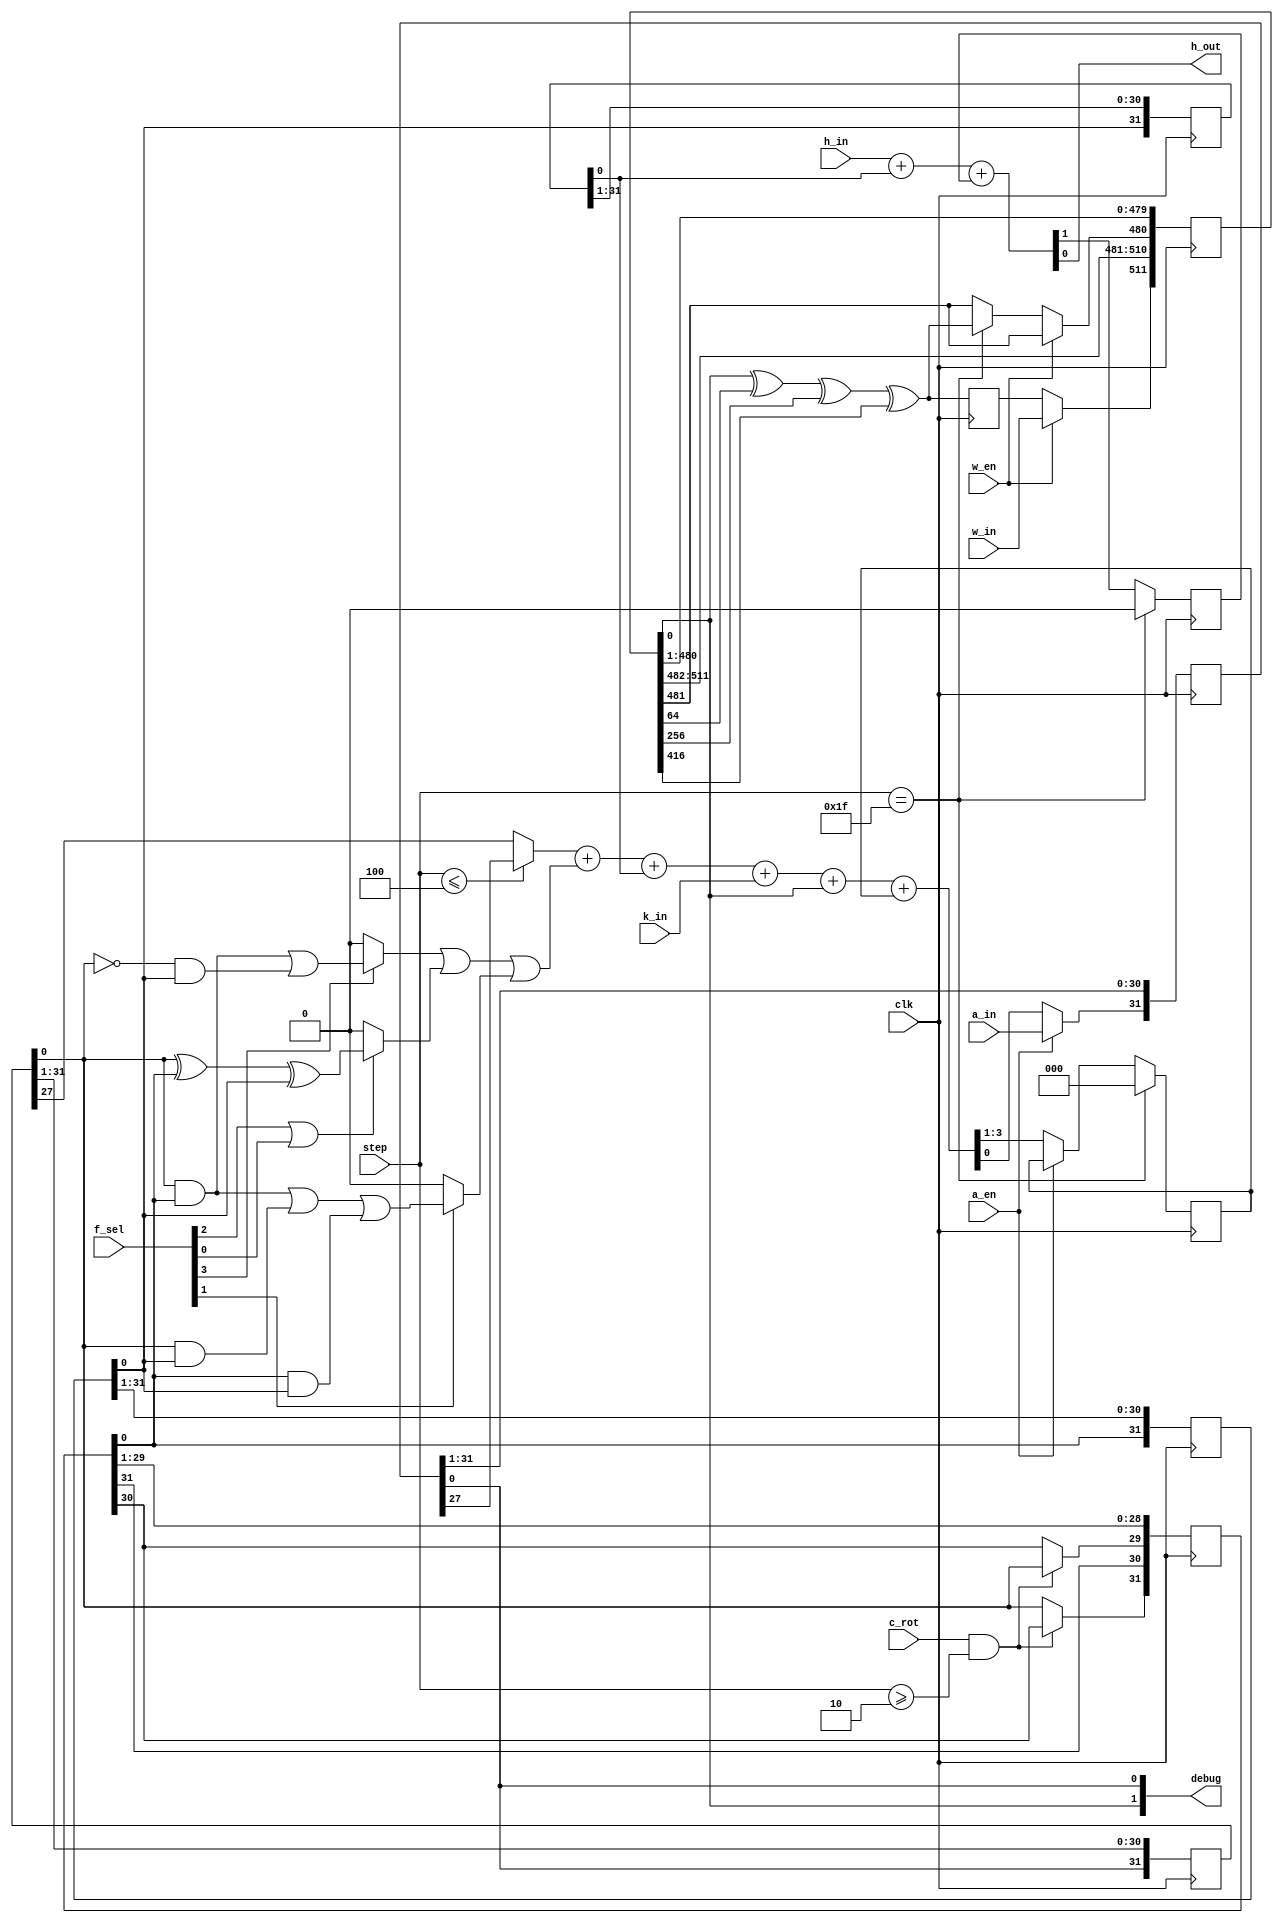
`default_nettype none

module sha1_mixer (
    input wire clk,
    input wire [4:0] step,
    input wire w_in,
    input wire w_en,
    input wire a_in,
    input wire a_en,
    input wire c_rot,
    input wire [3:0] f_sel,
    input wire k_in,
    input wire h_in,
    output wire h_out,
    output wire [1:0] debug
);

    reg [31:0] a, b, c, d, e;
    reg [511:0] w;
    reg [2:0] a_carry;
    reg h_carry;
    reg t;

    wire w_fb = w[0] ^ w[64] ^ w[256] ^ w[416];

    wire f =
        (f_sel[3] ? b[0] & c[0] | ~b[0] & d[0] : 0) |
        (f_sel[2] || f_sel[0] ? b[0] ^ c[0] ^ d[0] : 0) |
        (f_sel[1] ? b[0] & c[0] | b[0] & d[0] | c[0] & d[0] : 0);

    wire h_cnext;
    assign {h_cnext, h_out} = h_in + e[0] + h_carry;

    always @(posedge clk) begin

        {t, w[510:0]} <= {w_fb, w[511:1]};
        if (w_en) begin
            w[511] <= w_in;
        end else begin
            w[511] <= t;
            if (step == 31) w[480] <= w_fb;
        end

        {a[30:0], b[30:0], c[30], c[28:0], d[30:0], e[30:0]} <= {a[31:1], b[31:1], c[31], c[29:1], d[31:1], e[31:1]};

        if (a_en) begin
            a[31] <= a_in;
        end else begin
            {a_carry, a[31]} <= (step <= 4 ? a[27] : b[27]) + f + e[0] + k_in + w[0] + a_carry;
        end
        b[31] <= a[0];
        c[31] <= c_rot && step >= 2 ? c[30] : b[0];
        c[29] <= c_rot && step >= 2 ? b[0] : c[30];
        d[31] <= c[0];
        e[31] <= d[0];
        h_carry <= h_cnext;

        if (step == 31) begin
            a_carry <= 0;
            h_carry <= 0;
        end

    end

    assign debug = {w[0], a[0]};

endmodule